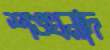
শঙ্খনাদ